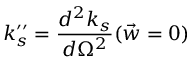
k _ { s } ^ { \prime \prime } = \frac { d ^ { 2 } k _ { s } } { d \Omega ^ { 2 } } ( \vec { w } = 0 )